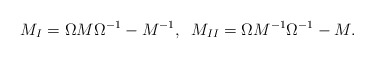
\begin{align*}M_I=\Omega M \Omega^{-1} - M^{-1}, \;\;M_{II}=\Omega M^{-1} \Omega^{-1} - M. \end{align*}